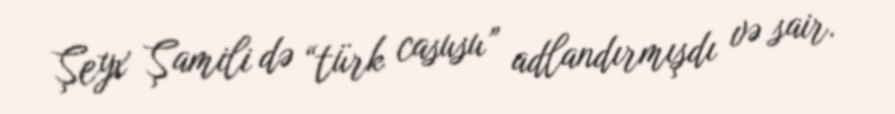
Şeyx Şamili də “türk casusu” adlandırmışdı və sair.